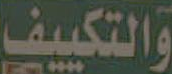
والتكييف